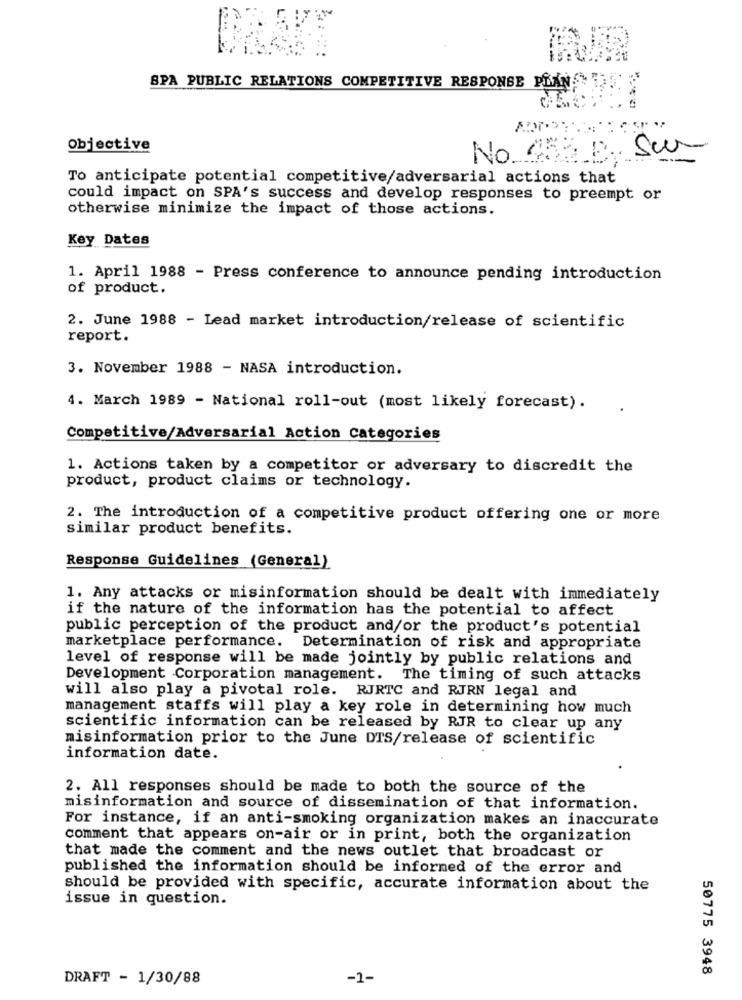
SPA PUBLIC RELATIONS COMPETITIVE RESPONSE PLAN,A )!
Objective
No 655 B Sur
To anticipate potential competitive/adversarial actions that
could impact on SPA's success and develop responses to preempt or
otherwise minimize the impact of those actions.
Key Dates
1. April 1988 - Press conference to announce pending introduction
of product.
2. June 1988 - Lead market introduction/release of scientific
report.
3. November 1988 - NASA introduction.
4. March 1989 - National roll-out (most likely forecast).
Competitive/Adversarial Action Categories
1. Actions taken by a competitor or adversary to discredit the
product, product claims or technology.
2. The introduction of a competitive product offering one or more
similar product benefits.
Response Guidelines (General)
1. Any attacks or misinformation should be dealt with immediately
if the nature of the information has the potential to affect
public perception of the product and/or the product's potential
marketplace performance. Determination of risk and appropriate
level of response will be made jointly by public relations and
Development Corporation management. The timing of such attacks
will also play a pivotal role. RJRTC and RJRN legal and
management staffs will play a key role in determining how much
scientific information can be released by RJR to clear up any
misinformation prior to the June DTS/release of scientific
information date.
2. All responses should be made to both the source of the
misinformation and source of dissemination of that information.
For instance, if an anti-smoking organization makes an inaccurate
comment that appears on-air or in print, both the organization
that made the comment and the news outlet that broadcast or
published the information should be informed of the error and
should be provided with specific, accurate information about the
issue in question.
50775 3948
DRAFT - 1/30/88
-1-